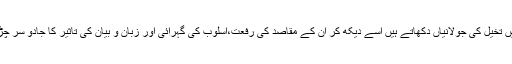
وہ جس انداز میں تخیل کی جولانیاں دکھاتے ہیں اسے دیکھ کر ان کے مقاصد کی رفعت،اسلوب کی گہرائی اور زبان و بیان کی تاثیر کا جادو سر چڑھ کر بولتا ہے۔